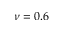
\nu = 0 . 6